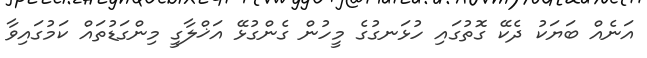
އަނެއް ބަޔަކު ދެކޭ ގޮތުގައި ހުޅަނގުގެ މީހުން ގެންގުޅޭ އަޚްލާގީ މިންގަޑުތައް ކަމުގައިވާ